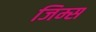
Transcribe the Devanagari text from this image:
जिम्स